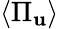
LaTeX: \left\langle\Pi_{\mathbf{u}}\right\rangle